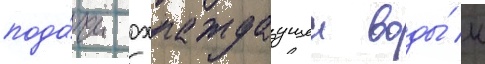
пода́чи охлаждаущеи воды́ к